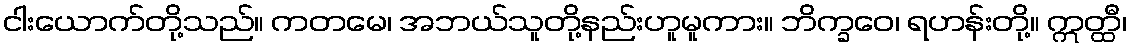
ငါးယောက်တို့သည်။ ကတမေ၊ အဘယ်သူတို့နည်းဟူမူကား။ ဘိက္ခဝေ၊ ရဟန်းတို့။ ဣတ္ထီ၊